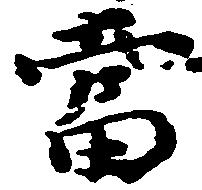
当